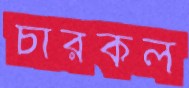
চারকল